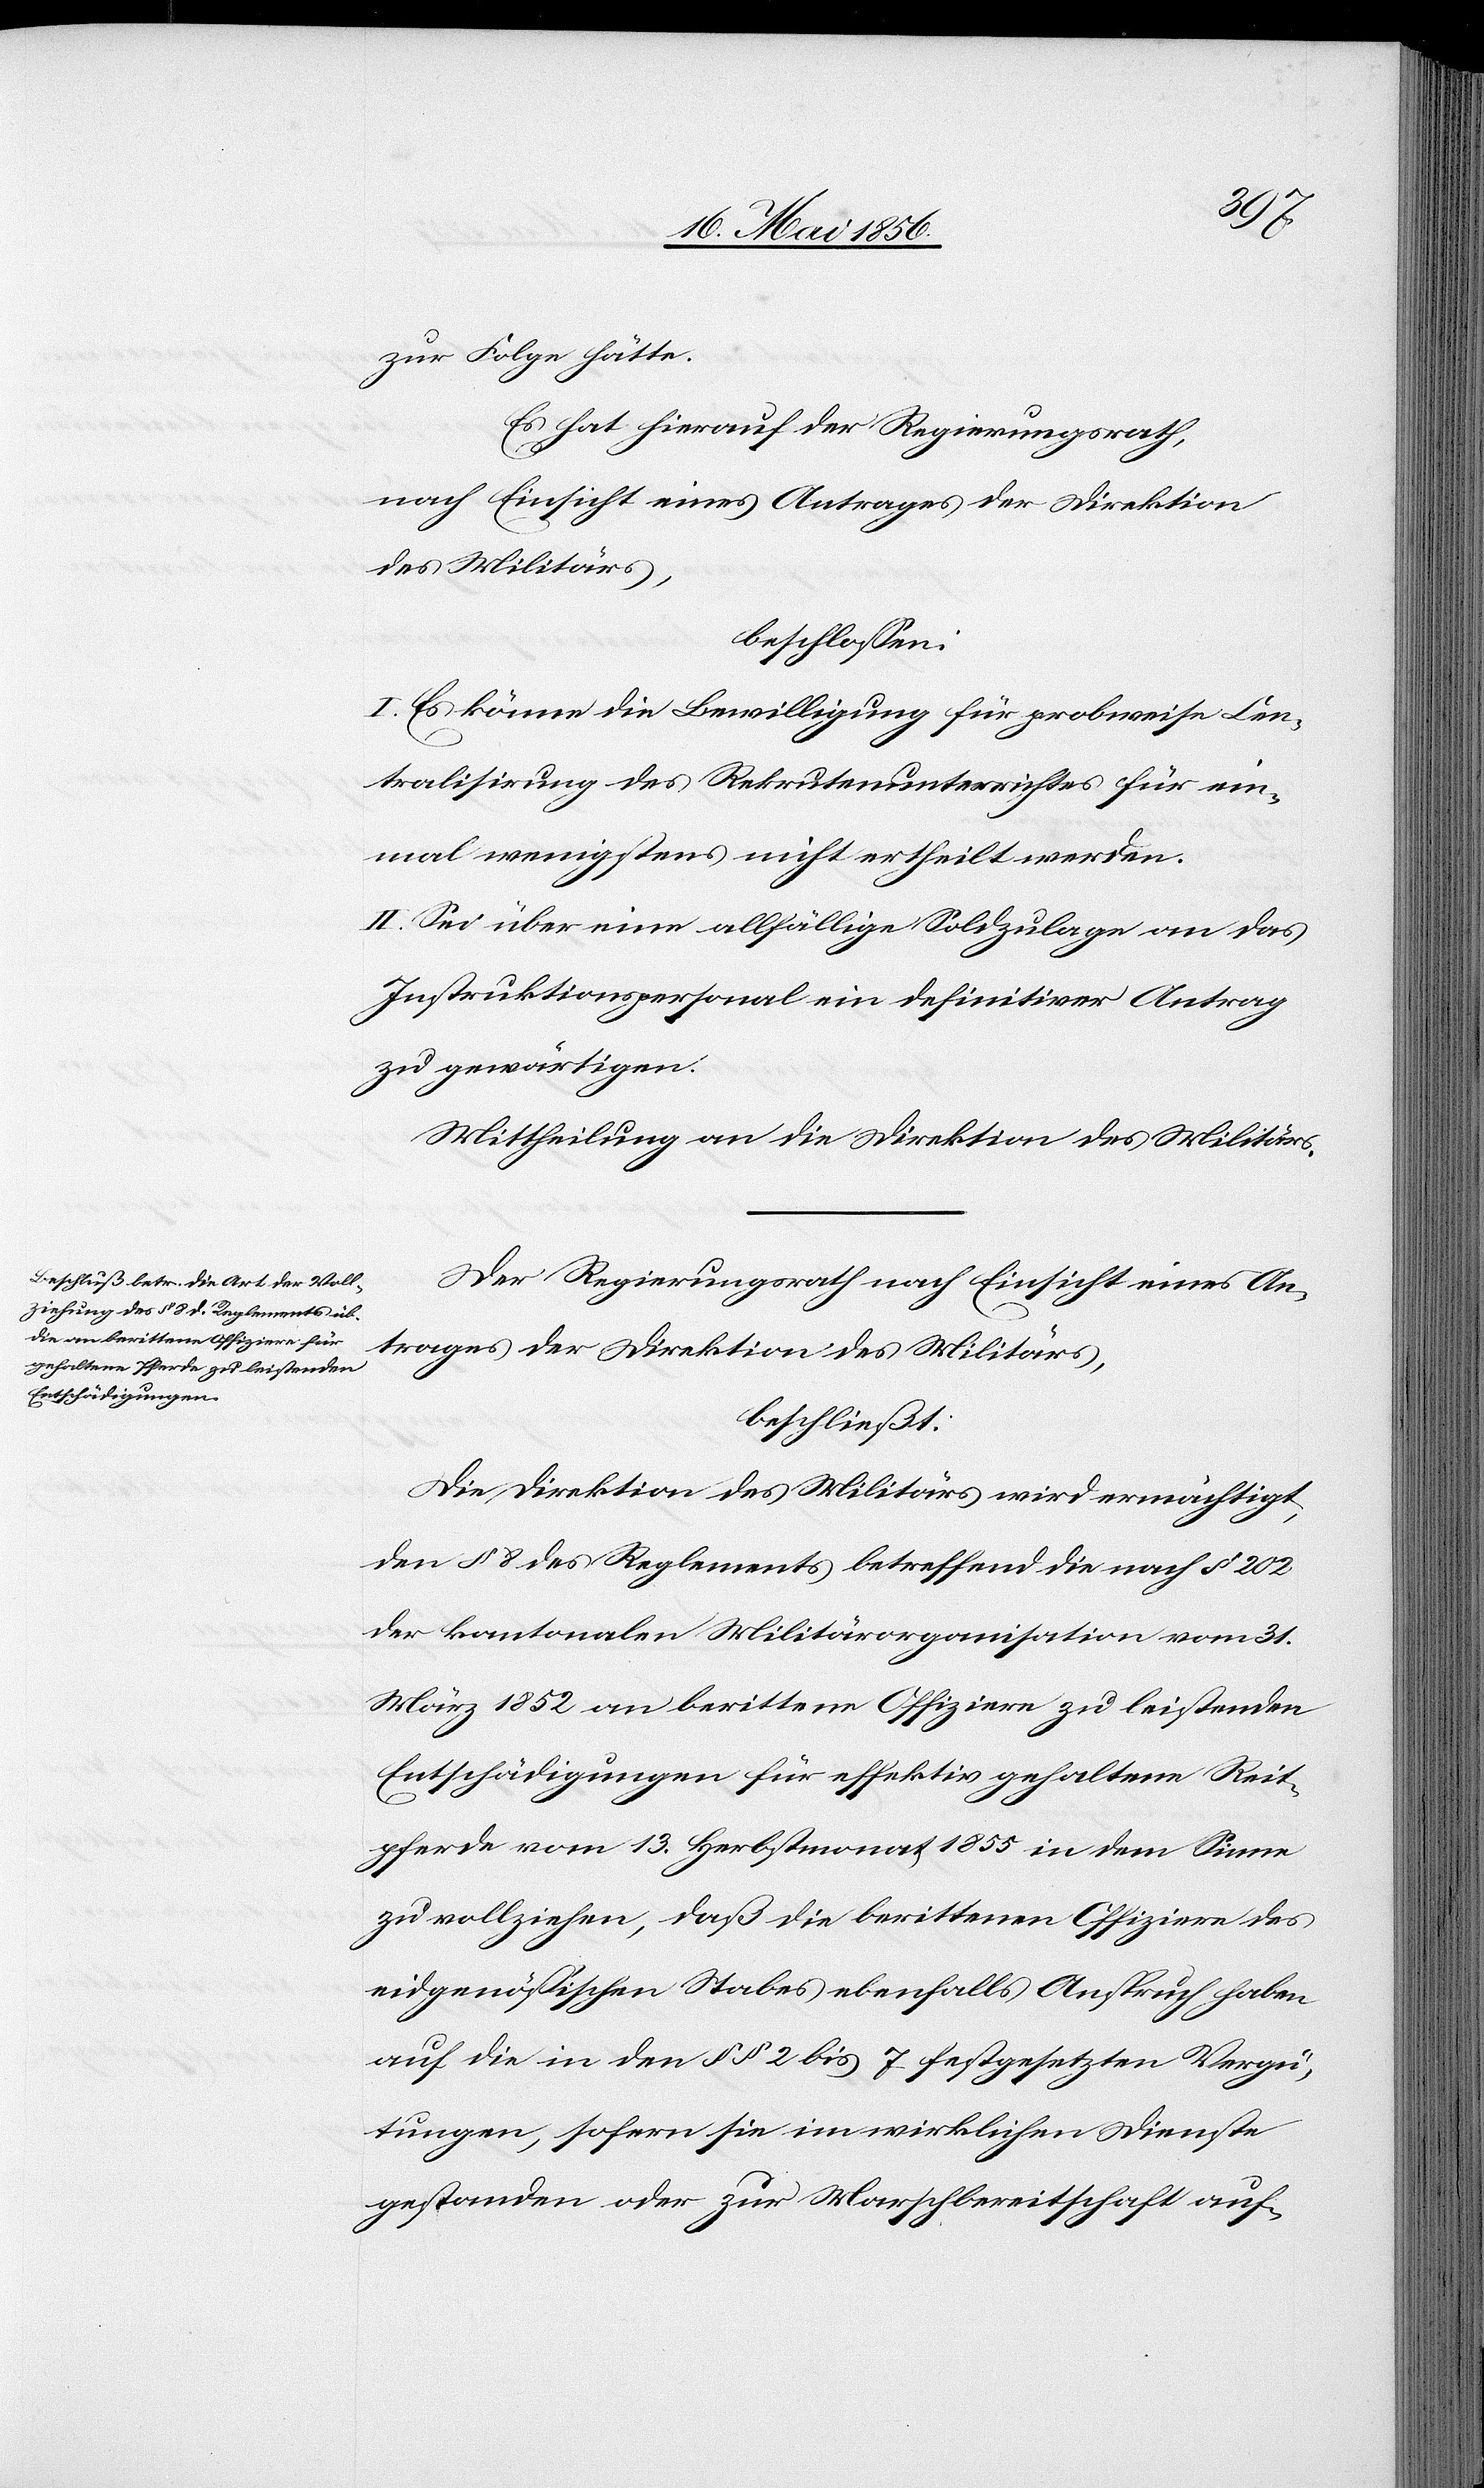
zur Folge hätte.
Es hat hierauf der Regierungsrath,
nach Einsicht eines Antrages der Direktion
des Militärs,
beschlossen:
I. Es könne die Bewilligung für probeweise Cen¬
tralisirung des Rekrutenunterrichtes für ein¬
mal wenigstens nicht ertheilt werden.
II. Sei über eine allfällige Soldzulage an das
Instruktionspersonal ein definitiver Antrag
zu gewärtigen.
Mittheilung an die Direktion des Militärs.
Der Regierungsrath nach Einsicht eines An¬
trages der Direktion des Militärs,
beschließt:
Die Direktion des Militärs wird ermächtigt,
den § 8 des Reglements betreffend die nach § 202
der kantonalen Militärorganisation vom 31
März 1852 an berittene Offiziere zu leistenden
Entschädigungen für effektiv gehaltene Reit¬
pferde vom 13 Herbstmonat 1855 in dem Sinne
zu vollziehen, daß die berittenen Offiziere des
eidgenössischen Stabes ebenfalls Anspruch haben
auf die in den §§ 2 bis 7 festgesetzten Vergü¬
tungen, sofern sie im wirklichen Dienste
gestanden oder zur Marschbereitschaft auf-